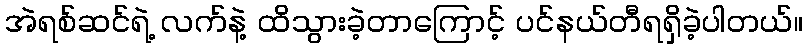
အဲရစ်ဆင်ရဲ့ လက်နဲ့ ထိသွားခဲ့တာကြောင့် ပင်နယ်တီရရှိခဲ့ပါတယ်။